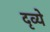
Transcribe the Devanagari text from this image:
दृव्ये